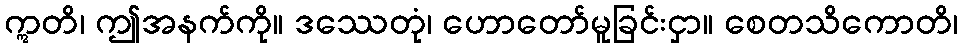
ဣတိ၊ ဤအနက်ကို။ ဒဿေတုံ၊ ဟောတော်မူခြင်းငှာ။ စေတသိကောတိ၊